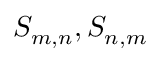
S _ { m , n } , S _ { n , m }